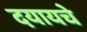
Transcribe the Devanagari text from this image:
दयायचे